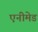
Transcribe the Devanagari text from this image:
एनीमेड